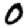
Digit: 0